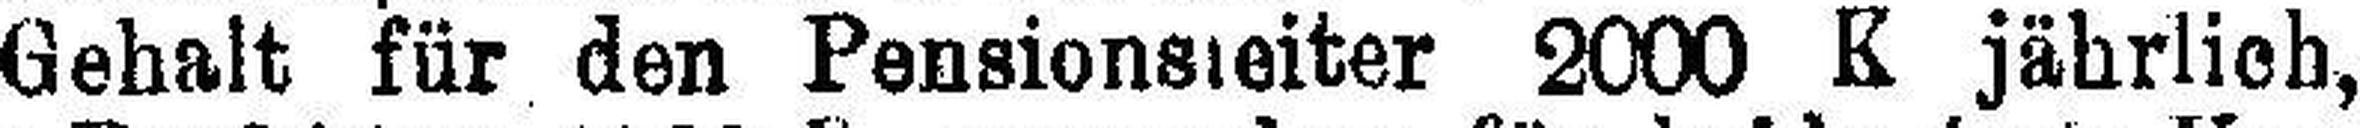
Gehalt für den Pensionsleiter 2000 K jährlich,